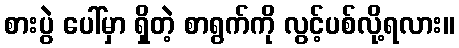
စားပွဲ ပေါ်မှာ ရှိတဲ့ စာရွက်ကို လွင့်ပစ်လို့ရလား။